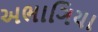
અભાગિયા